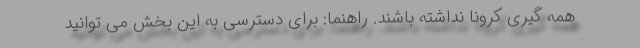
همه گیری کرونا نداشته باشند. راهنما: برای دسترسی به این بخش می توانید